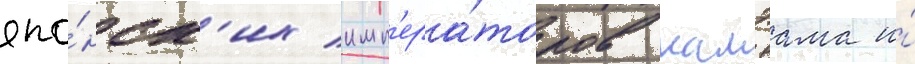
япо́нск'их имп'ера́торов камэама и́